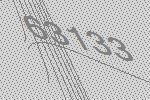
63133